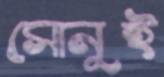
সোনুই